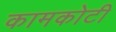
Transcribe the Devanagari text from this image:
कामकोटी